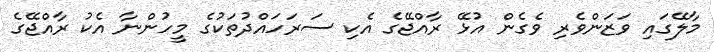
މާލޭގައި ވަޒަންވެރި ވެގެން އުޅޭ ރާއްޖޭގެ އެކި ސަރަހައްދުތަކުގެ މީހުންނާ އެކު ރާއްޖޭގެ